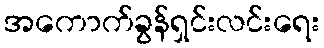
အကောက်ခွန်ရှင်းလင်းရေး